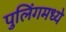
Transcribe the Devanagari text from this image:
पुलिंगमध्ये